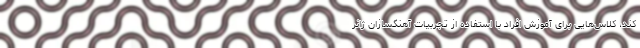
کند، کلاس‌هایی برای آموزش افراد با استفاده از تجربیات آهنگسازان ژانر